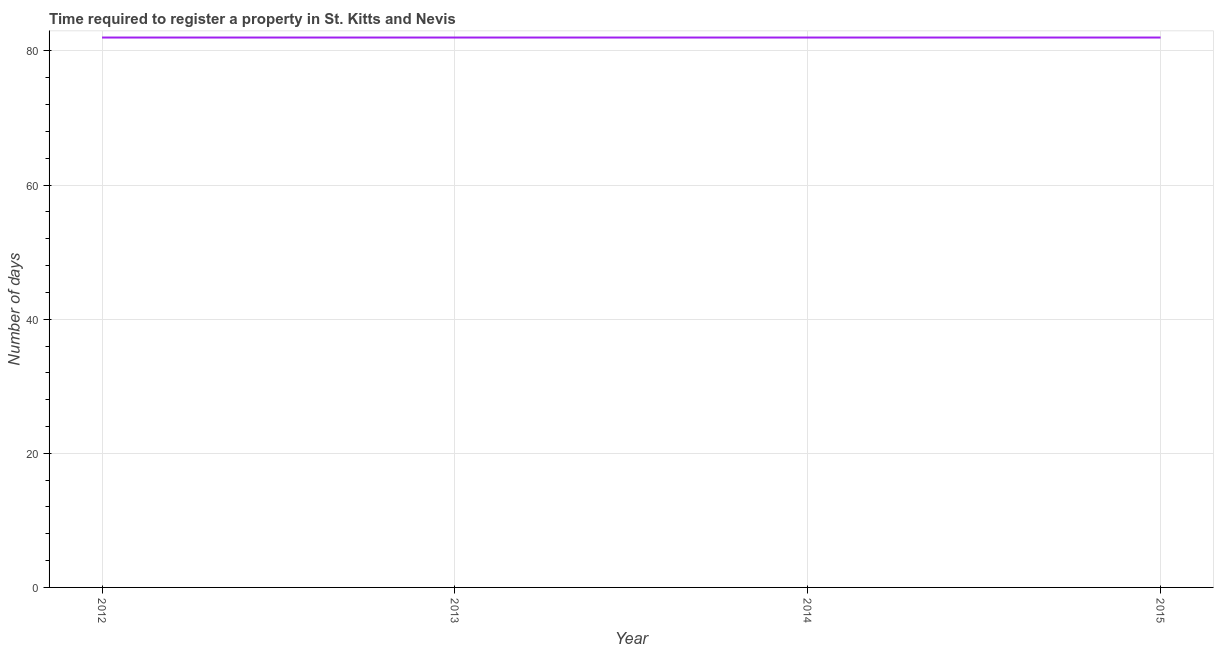
| Year | Register property |
 | --- | --- |
 | 2012 | 82 |
 | 2013 | 82 |
 | 2014 | 82 |
 | 2015 | 82 |